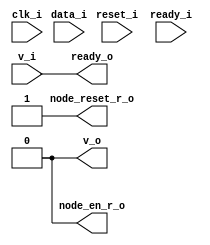
/* Generated by Yosys 0.27+9 (git sha1 101d19bb6, gcc 11.2.0-7ubuntu2 -fPIC -Os) */

(* top =  1  *)

module bsg_fsb_murn_gateway(clk_i, reset_i, v_i, data_i, ready_o, v_o, ready_i, node_en_r_o, node_reset_r_o);
  
  input clk_i;
  wire clk_i;
  
  input [15:0] data_i;
  wire [15:0] data_i;
  
  (* unused_bits = "0 1 2 3 4 5 6 7 8 9 10 11 12 13 14 15" *)
  (* wiretype = "\\bsg_fsb_pkt_s" *)
  wire [21:0] \genblk1.data_RPT ;
  
  wire \genblk1.for_switch ;
  
  wire \genblk1.for_this_node ;
  
  wire \genblk1.id_match ;
  
  wire \genblk1.node_en_n ;
  
  wire \genblk1.node_en_r ;
  
  wire \genblk1.node_reset_n ;
  
  wire \genblk1.node_reset_r ;
  
  output node_en_r_o;
  wire node_en_r_o;
  
  output node_reset_r_o;
  wire node_reset_r_o;
  
  input ready_i;
  wire ready_i;
  
  output ready_o;
  wire ready_o;
  
  input reset_i;
  wire reset_i;
  
  input v_i;
  wire v_i;
  
  output v_o;
  wire v_o;
  assign \genblk1.data_RPT  = { 6'h00, data_i };
  assign \genblk1.for_switch  = 1'h0;
  assign \genblk1.for_this_node  = 1'h0;
  assign \genblk1.id_match  = 1'h0;
  assign \genblk1.node_en_n  = 1'h0;
  assign \genblk1.node_en_r  = 1'h0;
  assign \genblk1.node_reset_n  = 1'h1;
  assign \genblk1.node_reset_r  = 1'h1;
  assign node_en_r_o = 1'h0;
  assign node_reset_r_o = 1'h1;
  assign ready_o = v_i;
  assign v_o = 1'h0;
endmodule